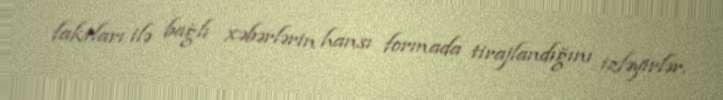
faktları ilə bağlı xəbərlərin hansı formada tirajlandığını izləyirlər.